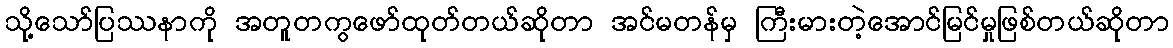
သို့သော်ပြဿနာကို အတူတကွဖော်ထုတ်တယ်ဆိုတာ အင်မတန်မှ ကြီးမားတဲ့အောင်မြင်မှုဖြစ်တယ်ဆိုတာ